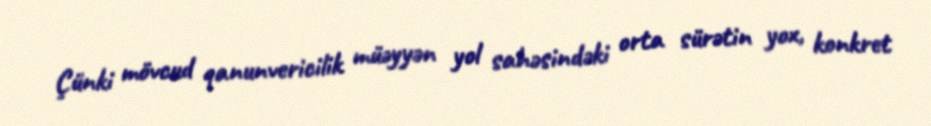
Çünki mövcud qanunvericilik müəyyən yol sahəsindəki orta sürətin yox, konkret